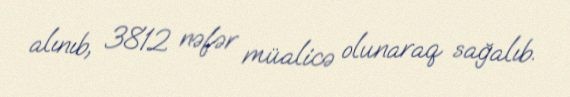
alınıb, 3812 nəfər müalicə olunaraq sağalıb.